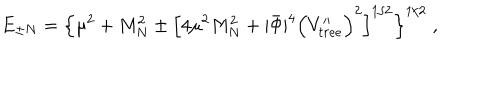
LaTeX: E _ { \pm N } = \Big \lbrace \mu ^ { 2 } + M _ { N } ^ { 2 } \pm \Big \lbrack 4 \mu ^ { 2 } M _ { N } ^ { 2 } + | \bar { \Phi } | ^ { 4 } \Big ( V _ { t r e e } ^ { \prime \prime } \Big ) ^ { 2 } \Big \rbrack ^ { 1 / 2 } \Big \rbrace ^ { 1 / 2 } \; ,